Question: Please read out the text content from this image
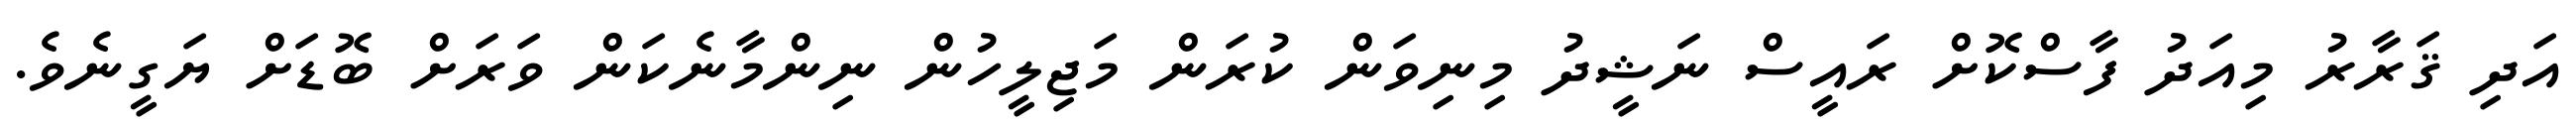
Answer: އަދި ޤަރާރު މިއަދު ފާސްކޮށް ރައީސް ނަޝީދު މިނިވަން ކުރަން މަޖިލީހުން ނިންމާނެކަން ވަރަށް ބޮޑަށް ޔަގީނެވެ.